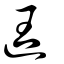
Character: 迋